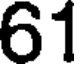
61